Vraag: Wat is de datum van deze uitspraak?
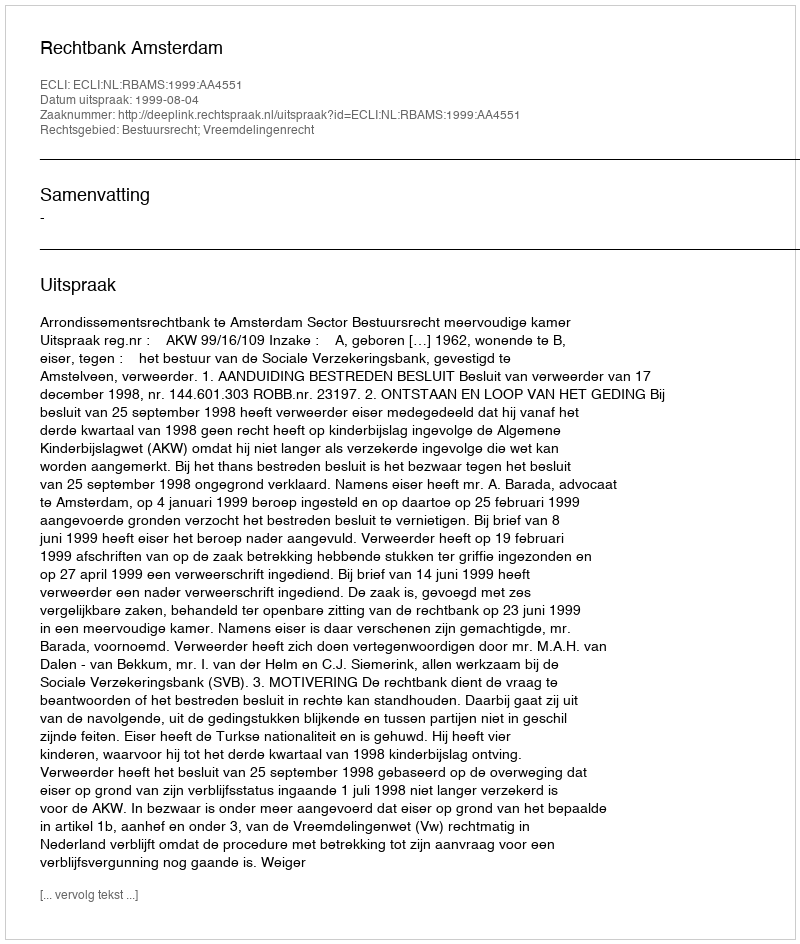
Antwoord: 1999-08-04